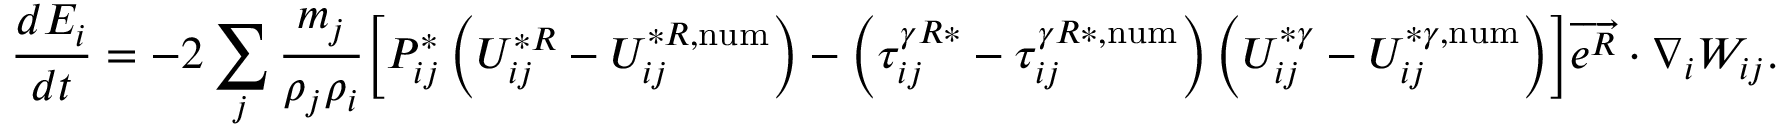
\frac { d E _ { i } } { d t } = - 2 \sum _ { j } \frac { m _ { j } } { \rho _ { j } \rho _ { i } } \Bigl [ P _ { i j } ^ { * } \left( U _ { i j } ^ { * R } - U _ { i j } ^ { * R , \mathrm { n u m } } \right) - \left( \tau _ { i j } ^ { \gamma R * } - \tau _ { i j } ^ { \gamma R * , \mathrm { n u m } } \right) \left( U _ { i j } ^ { * \gamma } - U _ { i j } ^ { * \gamma , \mathrm { n u m } } \right) \Bigr ] \overrightarrow { e ^ { R } } \cdot \nabla _ { i } W _ { i j } .